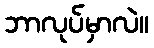
ဘာလုပ်မှာလဲ။